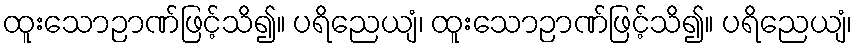
ထူးသောဉာဏ်ဖြင့်သိ၍။ ပရိညေယျံ၊ ထူးသောဉာဏ်ဖြင့်သိ၍။ ပရိညေယျံ၊